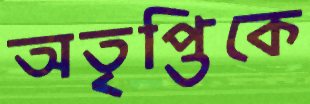
অতৃপ্তিকে